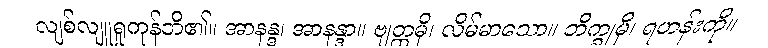
လျစ်လျူရှုကုန်ဘိ၏။ အာနန္ဒ၊ အာနန္ဒာ။ ဗျတ္တမှိ၊ လိမ်မာသော။ ဘိက္ခုမှိ၊ ရဟန်းကို။